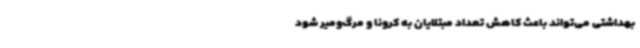
بهداشتی می‌تواند باعث کاهش تعداد مبتلایان به کرونا و مرگ‌ومیر شود